Subject: cs
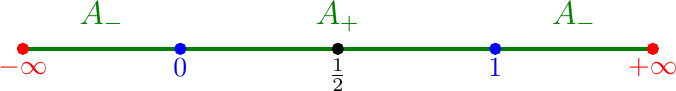
LaTeX code:
\begin{tikzpicture}
\draw[green!50!black, ultra thick] (-4,0) -- node[above=2pt]{\begin{large}$A_-$\end{large}} (-2,0);
\draw[green!50!black, ultra thick] (-2,0) -- node[above=2pt]{\begin{large}$A_+$\end{large}} (2,0);
\draw[green!50!black, ultra thick] (2,0) -- node[above=2pt]{\begin{large}$A_-$\end{large}} (4,0);
\filldraw [red] (-4,0) circle (2pt) node[anchor=north]{$-\infty$};
\filldraw [red] (4,0) circle (2pt) node[anchor=north]{$+\infty$};
\filldraw [blue] (-2,0) circle (2pt) node[anchor=north]{$0$};
\filldraw [blue] (2,0) circle (2pt) node[anchor=north]{$1$};
\filldraw [black] (0,0) circle (2pt) node[anchor=north]{$\frac{1}{2}$};
\end{tikzpicture}